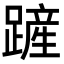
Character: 𨄉